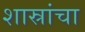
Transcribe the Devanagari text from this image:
शास्रांचा